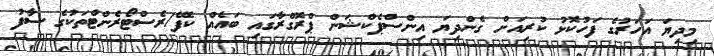
މިދިޔަ އަހަރުގެ ފަހުކޮޅު ކުރިއަށް ގެންދިޔަ އިންސްޕެކްޝަން ޕްރޮގްރާގައި ބައެއް ކެފޭ/ރެސްޓޯރެންޓްތަކުގެ ސާފު